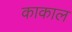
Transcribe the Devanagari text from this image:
काकाल